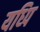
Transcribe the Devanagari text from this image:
यध्पि